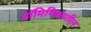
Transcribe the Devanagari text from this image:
डॉमिनिकातील